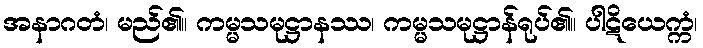
အနာဂတံ၊ မည်၏။ ကမ္မသမုဋ္ဌာနဿ၊ ကမ္မသမုဋ္ဌာန်ရုပ်၏။ ပါဋိယေက္ကံ၊